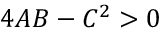
4 A B - C ^ { 2 } > 0